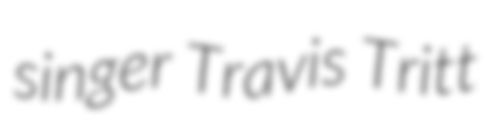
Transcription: singer Travis Tritt